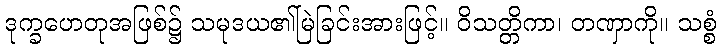
ဒုက္ခဟေတုအဖြစ်၌ သမုဒယ၏မြဲခြင်းအားဖြင့်။ ဝိသတ္တိကာ၊ တဏှာကို။ သစ္စံ